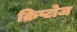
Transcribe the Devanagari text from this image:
क्रिप्टोज